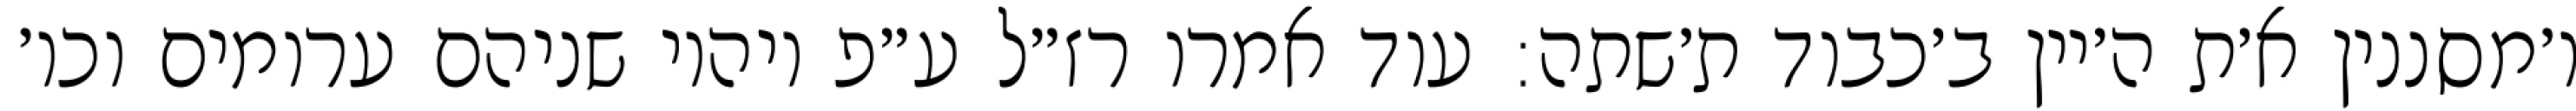
ו׳מסננין א׳ת ה׳יין ב׳כבוד ת׳שתה: עוד אמרו רז״ל ע״פ ויהיו שניהם ערומים וכו׳